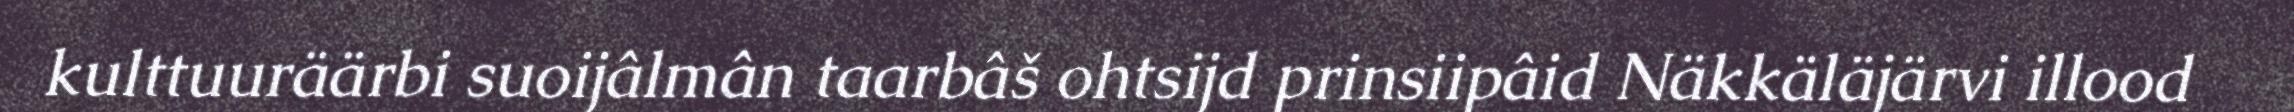
kulttuuräärbi suoijâlmân taarbâš ohtsijd prinsiipâid Näkkäläjärvi illood